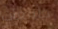
جامعات